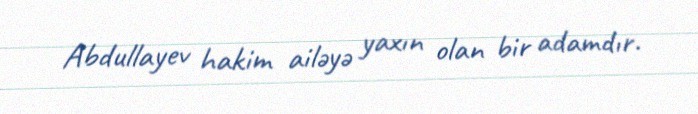
Abdullayev hakim ailəyə yaxın olan bir adamdır.